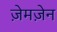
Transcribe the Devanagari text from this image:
ज़ेमज़ेन